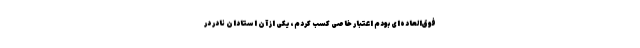
فوق‌العاده‌ای بودم اعتبار خاصی کسب کردم، یکی از آن استادان نادر در